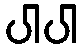
ပါပါ